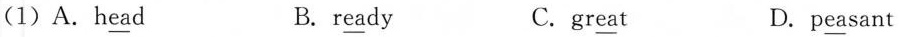
(1)A.h\underline{ea}d B. r\underline{ea}dy C.gr\underline{ea}t D.p\underline{ea}sant